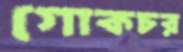
গোকচর